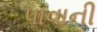
પાવાની